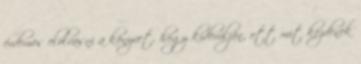
érdemes elolvasni a könyvet, hogy kiderüljön, ott mit kezdenek